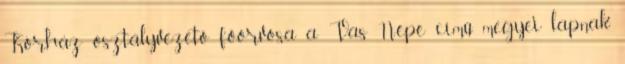
Kórház osztályvezető főorvosa a Vas Népe című megyei lapnak